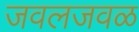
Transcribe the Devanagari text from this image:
जवलजवळ